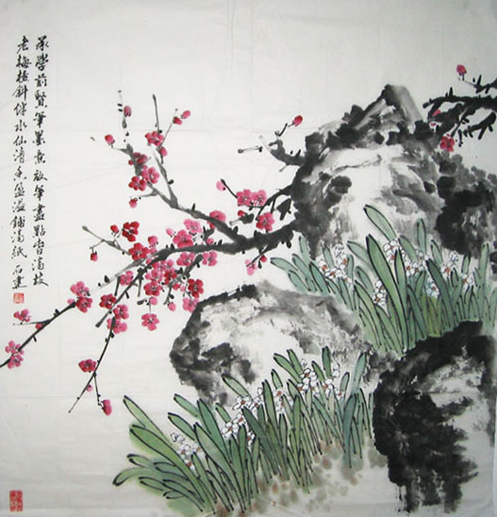
一场愁梦酒醒时，斜阳却照深深院。